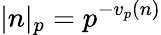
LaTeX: |n|_{p}=p^{-v_{p}(n)}